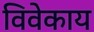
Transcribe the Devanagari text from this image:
विवेकाय